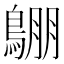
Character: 𪂙